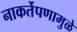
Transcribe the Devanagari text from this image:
नाकर्तेपणामुळे